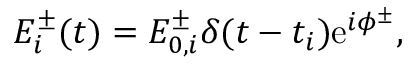
E _ { i } ^ { \pm } ( t ) = E _ { 0 , i } ^ { \pm } \delta ( t - t _ { i } ) \mathrm { e } ^ { i \phi ^ { \pm } } ,